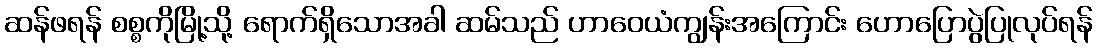
ဆန်ဖရန် စစ္စကိုမြို့သို့ ရောက်ရှိသောအခါ ဆမ်သည် ဟာဝေယံကျွန်းအကြောင်း ဟောပြောပွဲပြုလုပ်ရန်